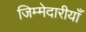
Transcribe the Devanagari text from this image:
जिम्मेदारीयाँ